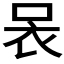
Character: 𧘗